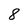
Character: 8